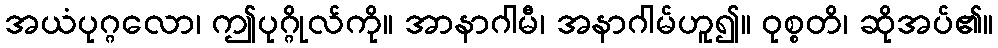
အယံပုဂ္ဂလော၊ ဤပုဂ္ဂိုလ်ကို။ အာနာဂါမီ၊ အနာဂါမ်ဟူ၍။ ဝုစ္စတိ၊ ဆိုအပ်၏။